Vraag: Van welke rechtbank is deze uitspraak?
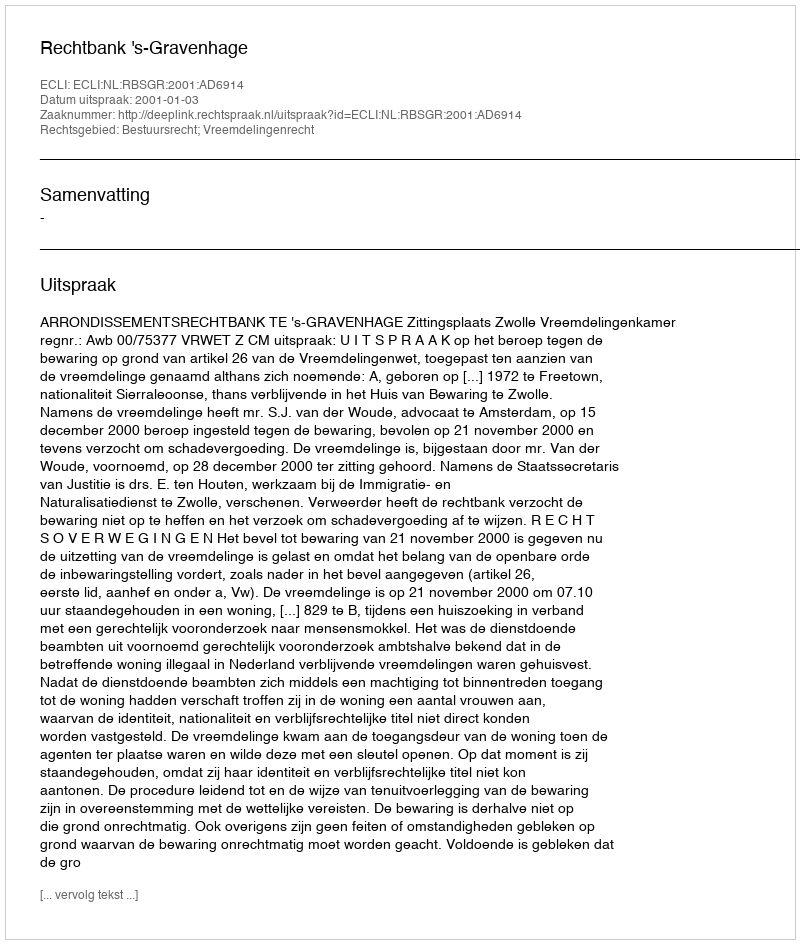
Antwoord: Rechtbank 's-Gravenhage